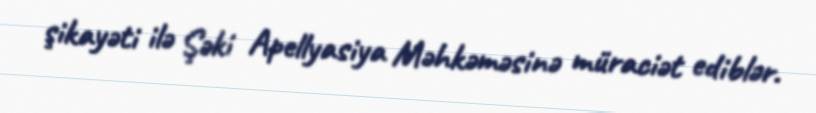
şikayəti ilə Şəki Apellyasiya Məhkəməsinə müraciət ediblər.